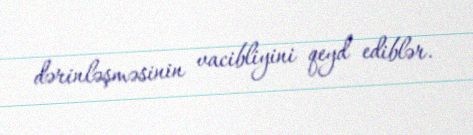
dərinləşməsinin vacibliyini qeyd ediblər.